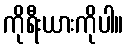
ကိုရီးယားကိုပါ။